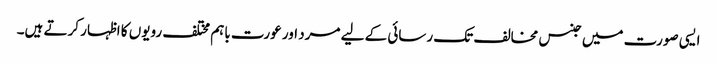
ایسی صورت میں جنس مخالف تک رسائی کے لیے مرد اور عورت باہم مختلف رویوں کا اظہار کرتے ہیں۔